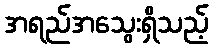
အရည်အသွေးရှိသည့်